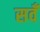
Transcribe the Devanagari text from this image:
सवँ